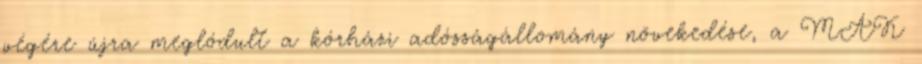
végére újra meglódult a kórházi adósságállomány növekedése, a MÁK